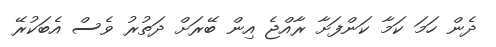
ދެން ހަމަ ކަމާ ކަންފަށާ ރާއްޖެ އިން ބޭރަށް ދަތުރު ވެސް އެބަކުރޭ